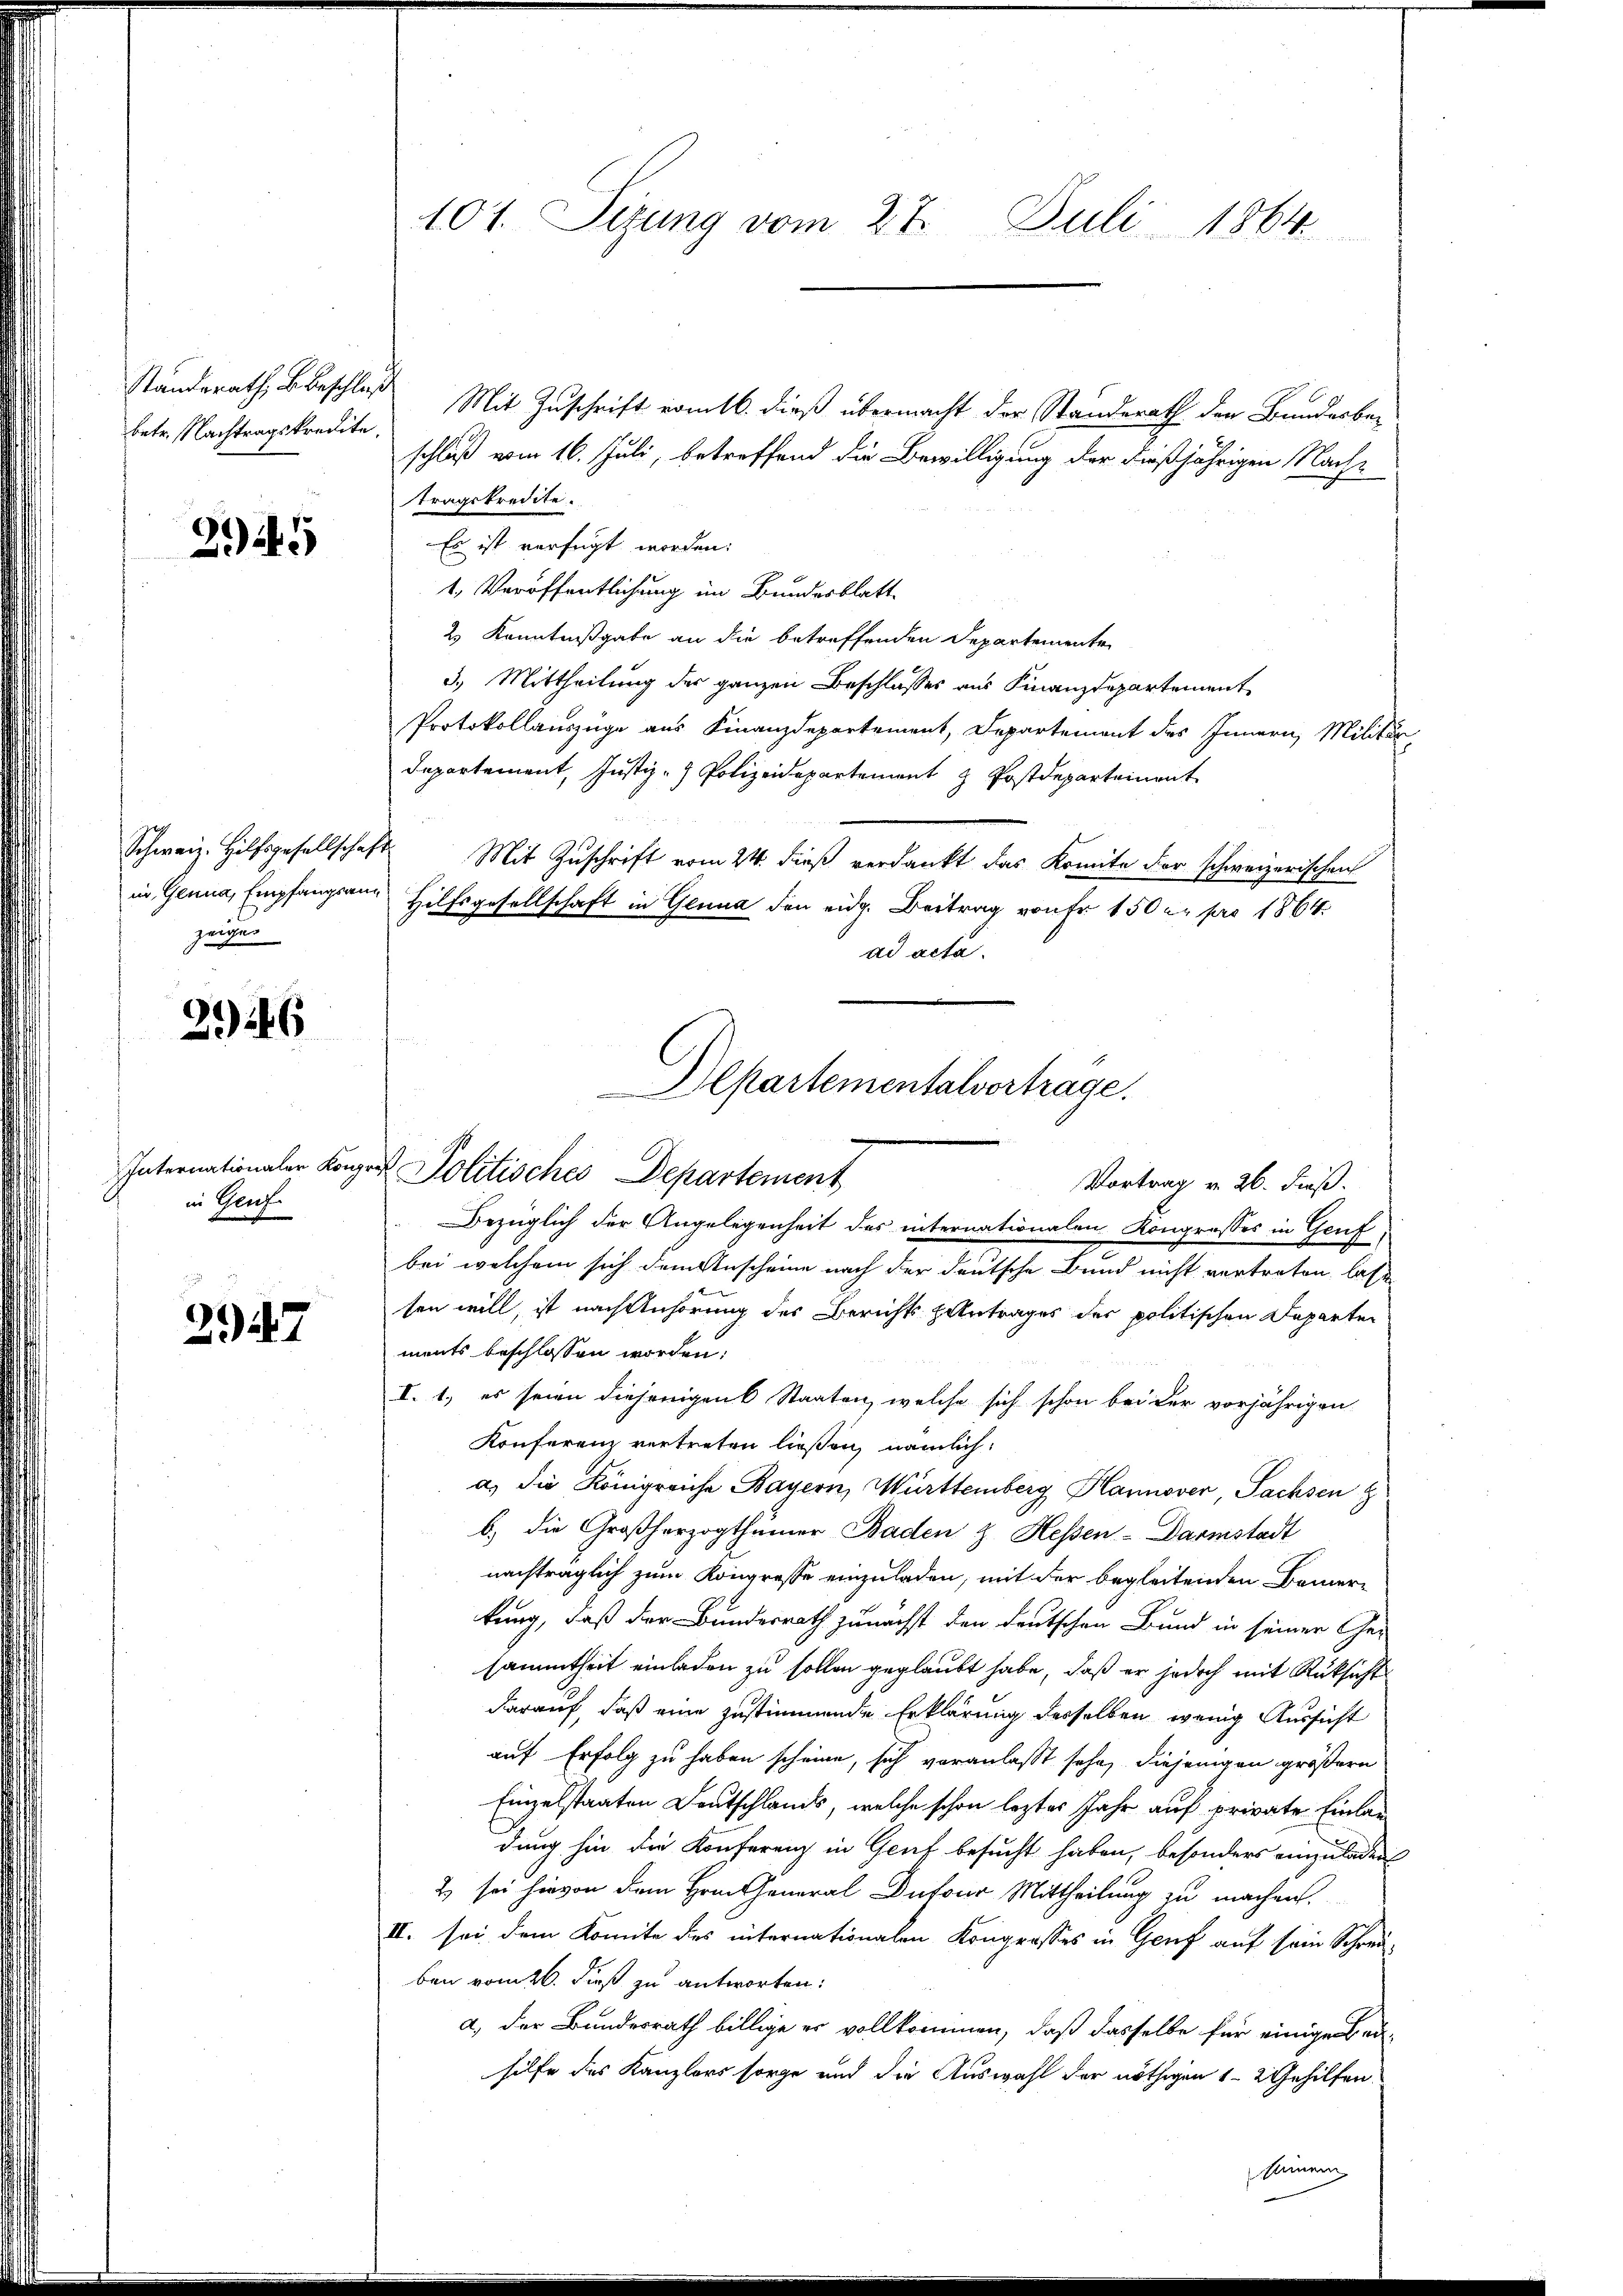
Standerath beschluß
betr. Nachtragskredite.

345

zeiger

29146

in Genf

247

101. Sizung vom 27. Juli 1864.

Mit Zuschrift vom 16. dieß übermacht der Standerath den Bandesber
schluß vom 16. Juli, betreffend die Bewilligung der dießjährigen Nach-
tragskredite.
Es ist verfügt worden.
1. Veröffentlichung im Bundesblatt
2) Kenntnißgabe an die betreffenden Departemente
3.) Mittheilung der ganzen Beschlusses aus Finanzdepartement
Protokollauszüge aus Finanzdepartement, Departement des Innern, Militär-
Departement, Justiz - Polizeidepartement z. Postdepartement
Schweiz. Hilfsgesellschaft Mit Zuschrift vom 24. dieß verdankt das Komite der schweizerischen
in Genua, Empfangsans Hilfsgesellschaft in Genua den eidg. Beitrag von Fr. 150 er pro 1864.
ad acta.
Bezüglich der Angelegenheit des internationalen Kongrosses in Gruf
bei welchem sich dem Anscheine nach der deutsche Bund nicht vertreten lasse
sen will, ist nach Anhörung des Berichts antrages der politischen Departen
ments beschlossen worden.
I. 1.) es seien diejenigen Staaten, welche sich schon bei der vorjährigen
Konferenz vertreten ließen, nämlich
a) die Königreiche Bayern, Württemberg Hannover, Sachsen
b.) die Großherzogthumer Baden & Hessen-Darmstadt
nachträglich zum Kongresse einzuladen, mit der begleitenden Bemerkung, daß der Bundesrath zunächst den deutschen Bund in seiner Gesammtheit einladen zu sollen geglaubt habe, daß er jedoch mit Rüksicht
darauf, daß eine zustimmende Erklärung desselben wenig Aussicht
auf Erfolg zu haben scheine, sich veranlaßt sehe, diejenigen größern
Einzelstaaten Deutschlands, welche schon leztes Jahr auf private Einlandung hin die Konferenz in Genf besucht haben, besonders einzuladen
2) sei hievon dem Hrn. General Dufour Mittheilung zu machen.
II. sei dem Komite des internationalen Kongrosses in Genf auf sein Schreiben vom 26. dieß zu antworten.
a.) Der Bundesrath billige er vollkommen, daß dasselbe für einige Beihilfe des Kanzlers sorge und die Auswahl der nöthigen 1-2 Gehilfen.
kleinem

Alpartementalvortrage.
Internationaler Körper Politisches Departement
Vortrag v. 26. dieß.